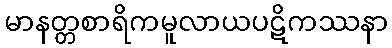
မာနတ္တစာရိကမူလာယပဋိကဿနာ